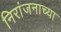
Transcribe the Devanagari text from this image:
निरांजनाच्या